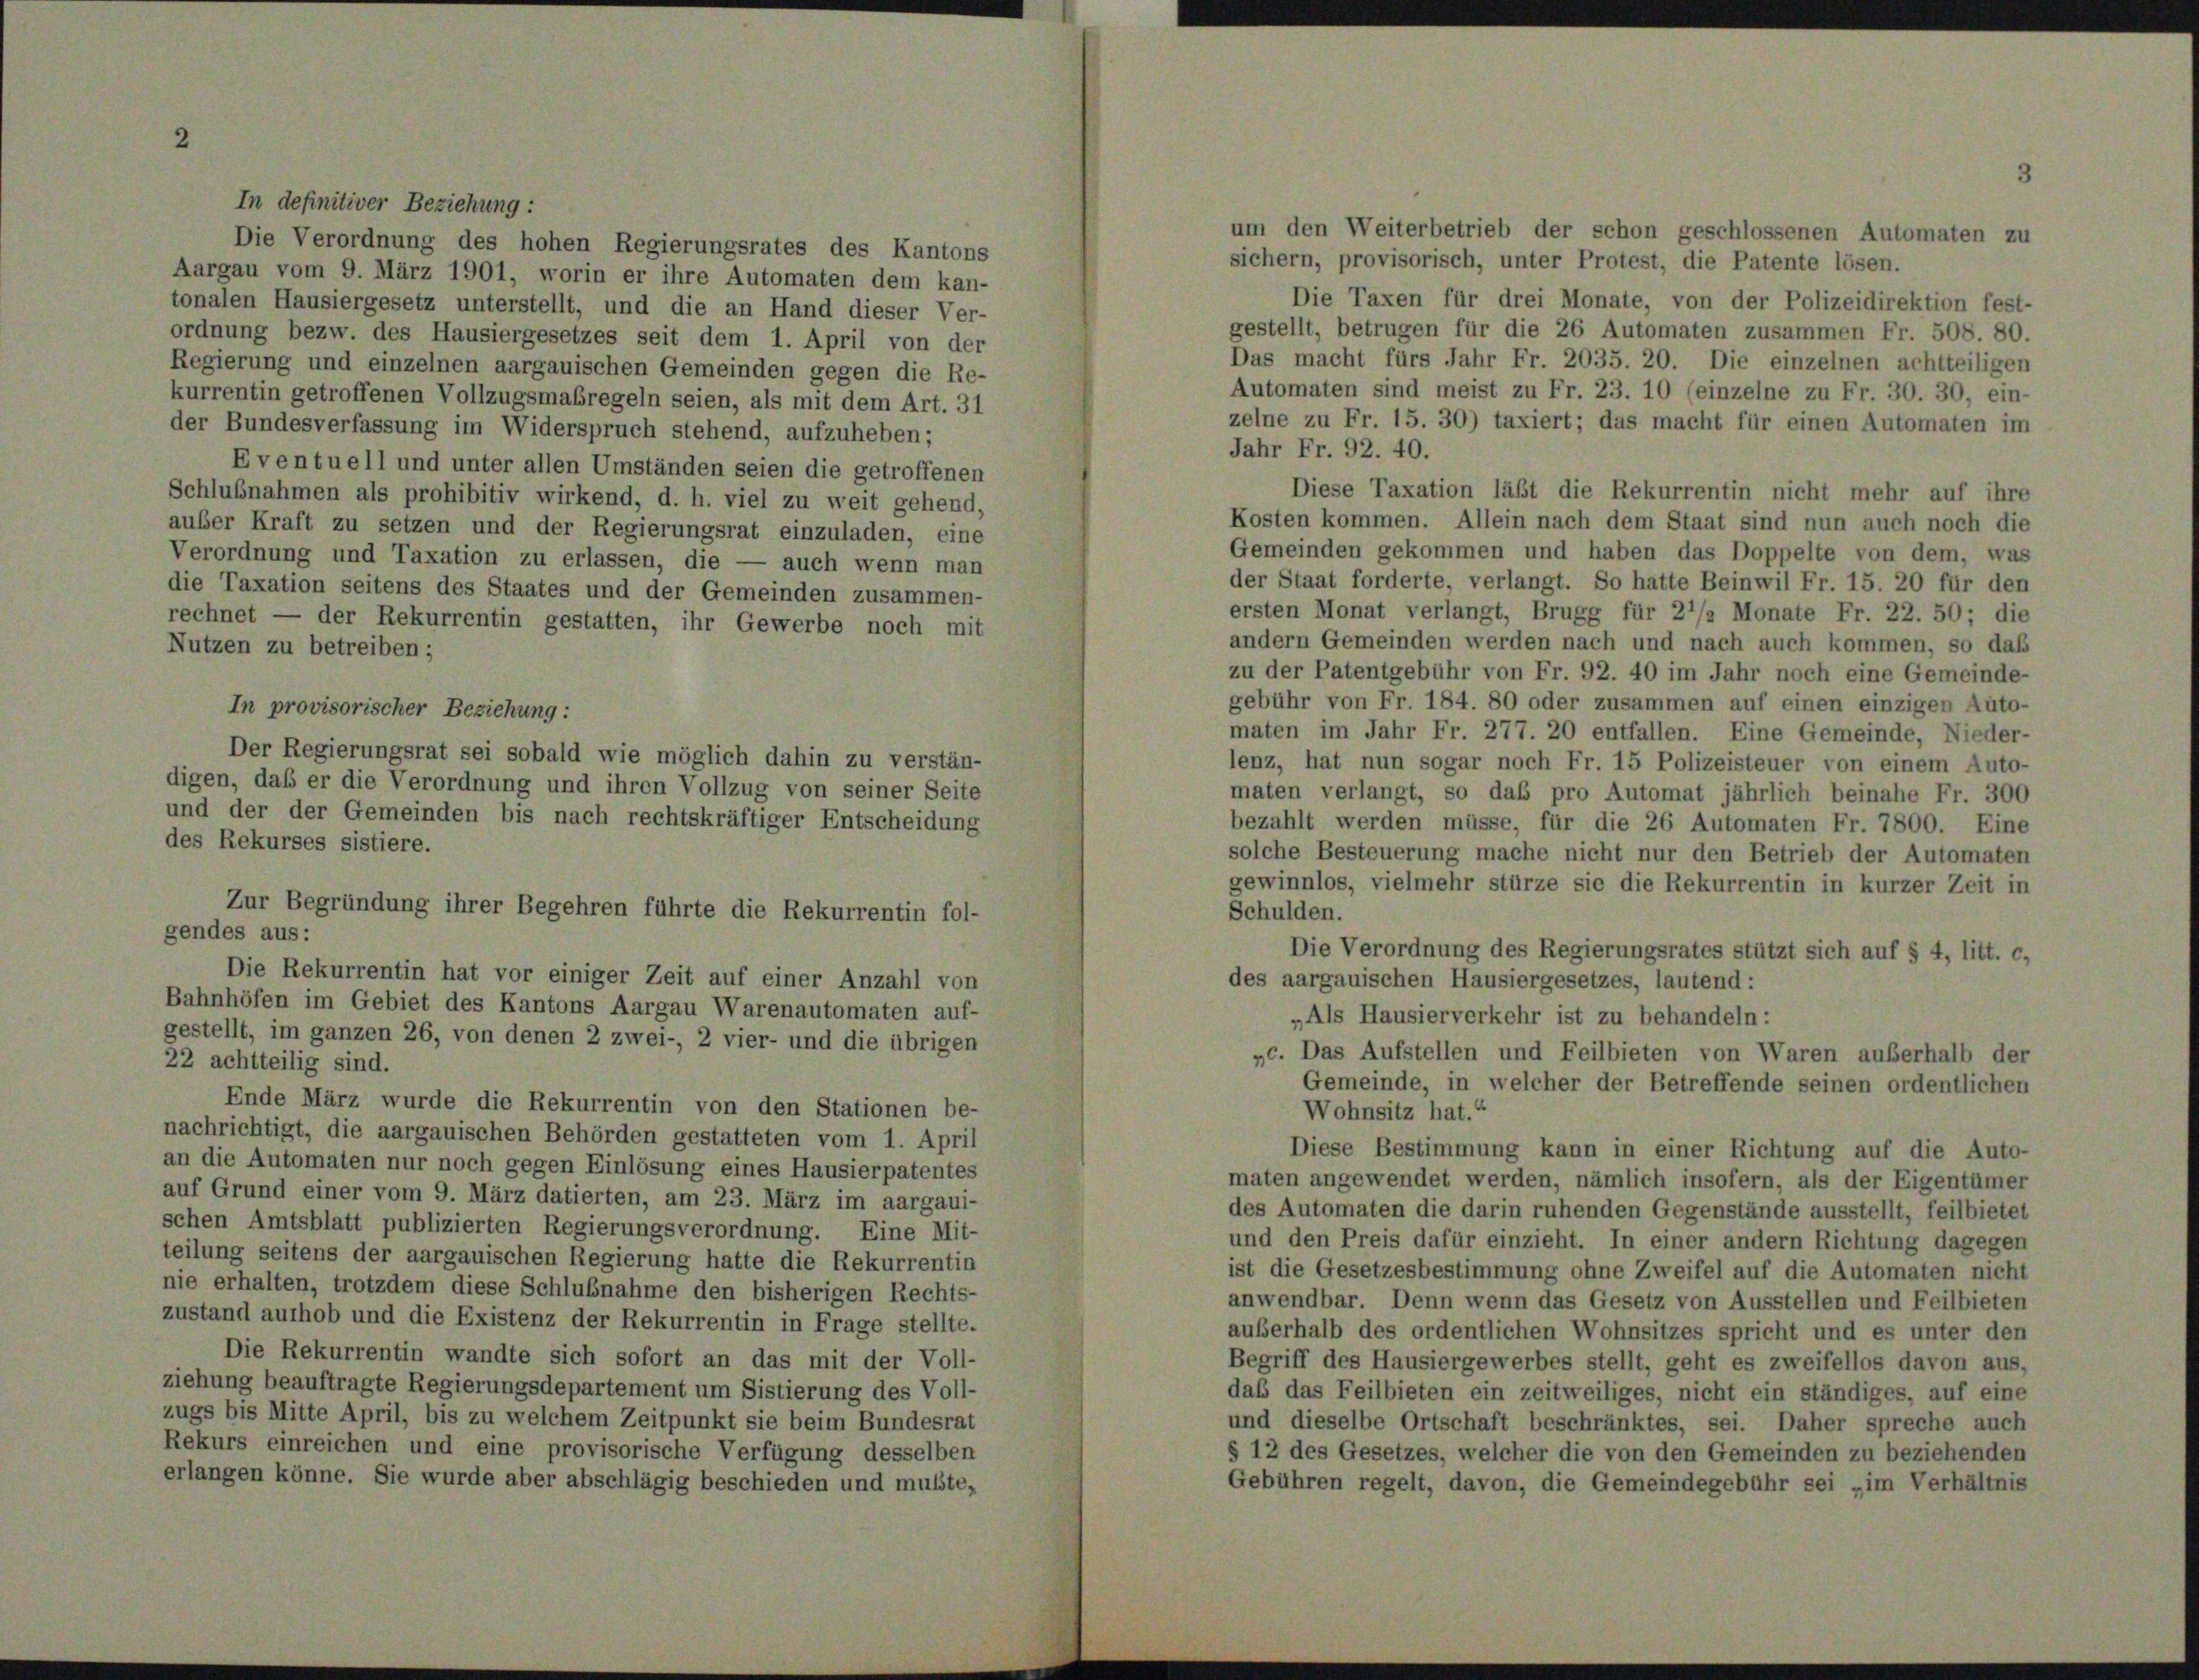
In definitiver Beziehung :
Die Verordnung des hohen Regierungsrates des Kantons
Aargau vom 9. März 1901, worin er ihre Automaten dem kan-
Die Taxen für drei Monate, von der Polizeidirektion fest-
tonalen Hausiergesetz unterstellt, und die an Hand dieser Ver-
gestellt, betrugen für die 26 Automaten zusammen Fr. 508. 80.
ordnung bezw. des Hausiergesetzes seit dem 1. April von der
Das macht fürs Jahr Fr. 2035. 20. Die einzelnen achtteiligen
Regierung und einzelnen aargauischen Gemeinden gegen die Re-
Automaten sind meist zu Fr. 23. 10 (einzelne zu Fr. 30. 30, ein-
kurrentin getroffenen Vollzugsmaßregeln seien, als mit dem Art. 31
zelne zu Fr. 15. 30) taxiert; das macht für einen Automaten im
der Bundesverfassung im Widerspruch stehend, aufzuheben;
Jahr Fr. 92. 40.
Eventuell und unter allen Umständen seien die getroffenen
Diese Taxation läßt die Rekurrentin nicht mehr auf ihre
Schlußnahmen als prohibitiv wirkend, d. h. viel zu weit gehend,
Kosten kommen. Allein nach dem Staat sind nun auch noch die
auber Kraft zu setzen und der Regierungsrat einzuladen, eine
Gemeinden gekommen und haben das Doppelte von dem, was
Verordnung und Taxation zu erlassen, die — auch wenn man
der Staat forderte, verlangt. So hatte Beinwil Fr. 15. 20 für den
die Taxation seitens des Staates und der Gemeinden zusammen-
ersten Monat verlangt, Brugg für 2 1/2 Monate Fr. 22. 50; die
rechnet
 der Rekurrentin gestatten, ihr Gewerbe noch mit
andern Gemeinden werden nach und nach auch kommen, so daß
Nutzen zu betreiben;
zu der Patentgebühr von Fr. 92. 40 im Jahr noch eine Gemeinde-
gebühr von Fr. 184. 80 oder zusammen auf einen einzigen Auto-
In provisorischer Beziehung :
maten im Jahr Fr. 277. 20 entfallen. Eine Gemeinde, Nieder-
Der Regierungsrat sei sobald wie möglich dahin zu verstän-
lenz, hat nun sogar noch Fr. 15 Polizeisteuer von einem Auto-
digen, daß er die Verordnung und ihren Vollzug von seiner Seite
maten verlangt, so das pro Automat jährlich beinahe Fr. 300
und der der Gemeinden bis nach rechtskräftiger Entscheidung
bezahlt werden müsse, für die 26 Automaten Fr. 7800. Eine
des Rekurses sistiere.
solche Besteuerung mache nicht nur den Betrieb der Automaten
gewinnlos, vielmehr stürze sie die Rekurrentin in kurzer Zeit in
Zur Begründung ihrer Begehren führte die Rekurrentin fol-
Schulden.
gendes aus:
Die Verordnung des Regierungsrates stützt sich auf § 4, litt. c,
Die Rekurrentin hat vor einiger Zeit auf einer Anzahl von
des aargauischen Hausiergesetzes, lautend:
Bahnhöfen im Gebiet des Kantons Aargau Warenautomaten auf-
„Als Hausierverkehr ist zu behandeln:
gestellt, im ganzen 26, von denen 2 zwei-, 2 vier- und die übrigen
„c. Das Aufstellen und Feilbieten von Waren außerhalb der
22 achtteilig sind.
Gemeinde, in welcher der Betreffende seinen ordentlichen
Ende März wurde die Rekurrentin von den Stationen be-
Wohnsitz hat.“
nachrichtigt, die aargauischen Behörden gestatteten vom 1. April
Diese Bestimmung kann in einer Richtung auf die Auto-
an die Automaten nur noch gegen Einlösung eines Hausierpatentes
maten angewendet werden, nämlich insofern, als der Eigentümer
auf Grund einer vom 9. März datierten, am 23. März im aargaui-
des Automaten die darin ruhenden Gegenstände ausstellt, feilbietet
schen Amtsblatt publizierten Regierungsverordnung. Eine Mit-
und den Preis dafür einzieht. In einer andern Richtung dagegen
teilung seitens der aargauischen Regierung hatte die Rekurrentin
ist die Gesetzesbestimmung ohne Zweifel auf die Automaten nicht
nie erhalten, trotzdem diese Schlußnahme den bisherigen Rechts-
anwendbar. Denn wenn das Gesetz von Ausstellen und Feilbieten
zustand aufhob und die Existenz der Rekurrentin in Frage stellte.
außerhalb des ordentlichen Wohnsitzes spricht und es unter den
Die Rekurrentin wandte sich sofort an das mit der Voll-
Begriff des Hausiergewerbes stellt, geht es zweifellos davon aus,
ziehung beauftragte Regierungsdepartement um Sistierung des Voll-
daß das Feilbieten ein zeitweiliges, nicht ein ständiges, auf eine
zugs bis Mitte April, bis zu welchem Zeitpunkt sie beim Bundesrat
und dieselbe Ortschaft beschränktes, sei. Daher spreche auch
Rekurs einreichen und eine provisorische Verfügung desselben
§ 12 des Gesetzes, welcher die von den Gemeinden zu beziehenden
erlangen könne. Sie wurde aber abschlägig beschieden und musste,
Gebühren regelt, davon, die Gemeindegebühr sei „im Verhältnis

um den Weiterbetrieb der schon geschlossenen Automaten zu
sichern, provisorisch, unter Protest, die Patente lösen.

3